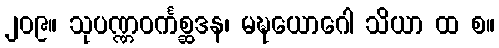
၂၀၉။ သုပဏ္ဏဝင်္ကစ္ဆဒန၊ မဍ္ဎယောဂေါ သိယာ ထ စ။